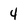
Character: 4